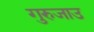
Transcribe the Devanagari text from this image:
गुरुजाउ